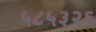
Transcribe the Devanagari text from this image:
५८५३२६